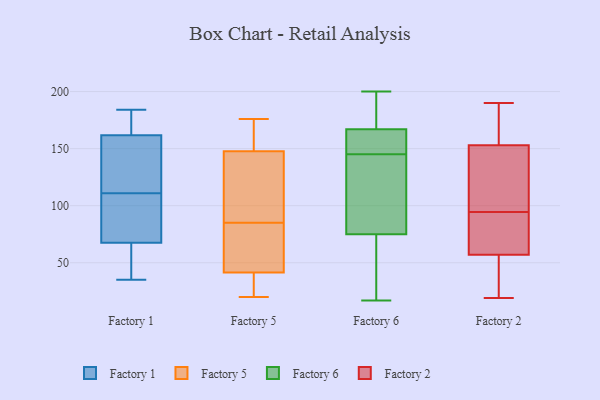
{"axis": {"x": "Humidity (%)", "y": "Value"}, "legend": ["Factory 1", "Factory 2", "Factory 5", "Factory 6"], "data": [{"x": "", "y": 87, "type": "Factory 1"}, {"x": "", "y": 168, "type": "Factory 1"}, {"x": "", "y": 133, "type": "Factory 1"}, {"x": "", "y": 95, "type": "Factory 1"}, {"x": "", "y": 164, "type": "Factory 1"}, {"x": "", "y": 161, "type": "Factory 1"}, {"x": "", "y": 60, "type": "Factory 1"}, {"x": "", "y": 184, "type": "Factory 1"}, {"x": "", "y": 111, "type": "Factory 1"}, {"x": "", "y": 70, "type": "Factory 1"}, {"x": "", "y": 138, "type": "Factory 1"}, {"x": "", "y": 38, "type": "Factory 1"}, {"x": "", "y": 35, "type": "Factory 1"}, {"x": "", "y": 85, "type": "Factory 5"}, {"x": "", "y": 157, "type": "Factory 5"}, {"x": "", "y": 20, "type": "Factory 5"}, {"x": "", "y": 103, "type": "Factory 5"}, {"x": "", "y": 144, "type": "Factory 5"}, {"x": "", "y": 176, "type": "Factory 5"}, {"x": "", "y": 63, "type": "Factory 5"}, {"x": "", "y": 24, "type": "Factory 5"}, {"x": "", "y": 40, "type": "Factory 5"}, {"x": "", "y": 46, "type": "Factory 5"}, {"x": "", "y": 149, "type": "Factory 5"}, {"x": "", "y": 20, "type": "Factory 6"}, {"x": "", "y": 171, "type": "Factory 6"}, {"x": "", "y": 39, "type": "Factory 6"}, {"x": "", "y": 161, "type": "Factory 6"}, {"x": "", "y": 103, "type": "Factory 6"}, {"x": "", "y": 192, "type": "Factory 6"}, {"x": "", "y": 194, "type": "Factory 6"}, {"x": "", "y": 107, "type": "Factory 6"}, {"x": "", "y": 163, "type": "Factory 6"}, {"x": "", "y": 150, "type": "Factory 6"}, {"x": "", "y": 25, "type": "Factory 6"}, {"x": "", "y": 152, "type": "Factory 6"}, {"x": "", "y": 91, "type": "Factory 6"}, {"x": "", "y": 75, "type": "Factory 6"}, {"x": "", "y": 17, "type": "Factory 6"}, {"x": "", "y": 167, "type": "Factory 6"}, {"x": "", "y": 200, "type": "Factory 6"}, {"x": "", "y": 140, "type": "Factory 6"}, {"x": "", "y": 94, "type": "Factory 2"}, {"x": "", "y": 146, "type": "Factory 2"}, {"x": "", "y": 95, "type": "Factory 2"}, {"x": "", "y": 19, "type": "Factory 2"}, {"x": "", "y": 57, "type": "Factory 2"}, {"x": "", "y": 190, "type": "Factory 2"}, {"x": "", "y": 161, "type": "Factory 2"}, {"x": "", "y": 153, "type": "Factory 2"}, {"x": "", "y": 67, "type": "Factory 2"}, {"x": "", "y": 48, "type": "Factory 2"}]}